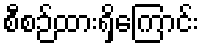
စီစဉ်ထားရှိကြောင်း